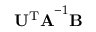
\mathbf { U ^ { \mathrm { T } } A } ^ { - 1 } \mathbf { B }